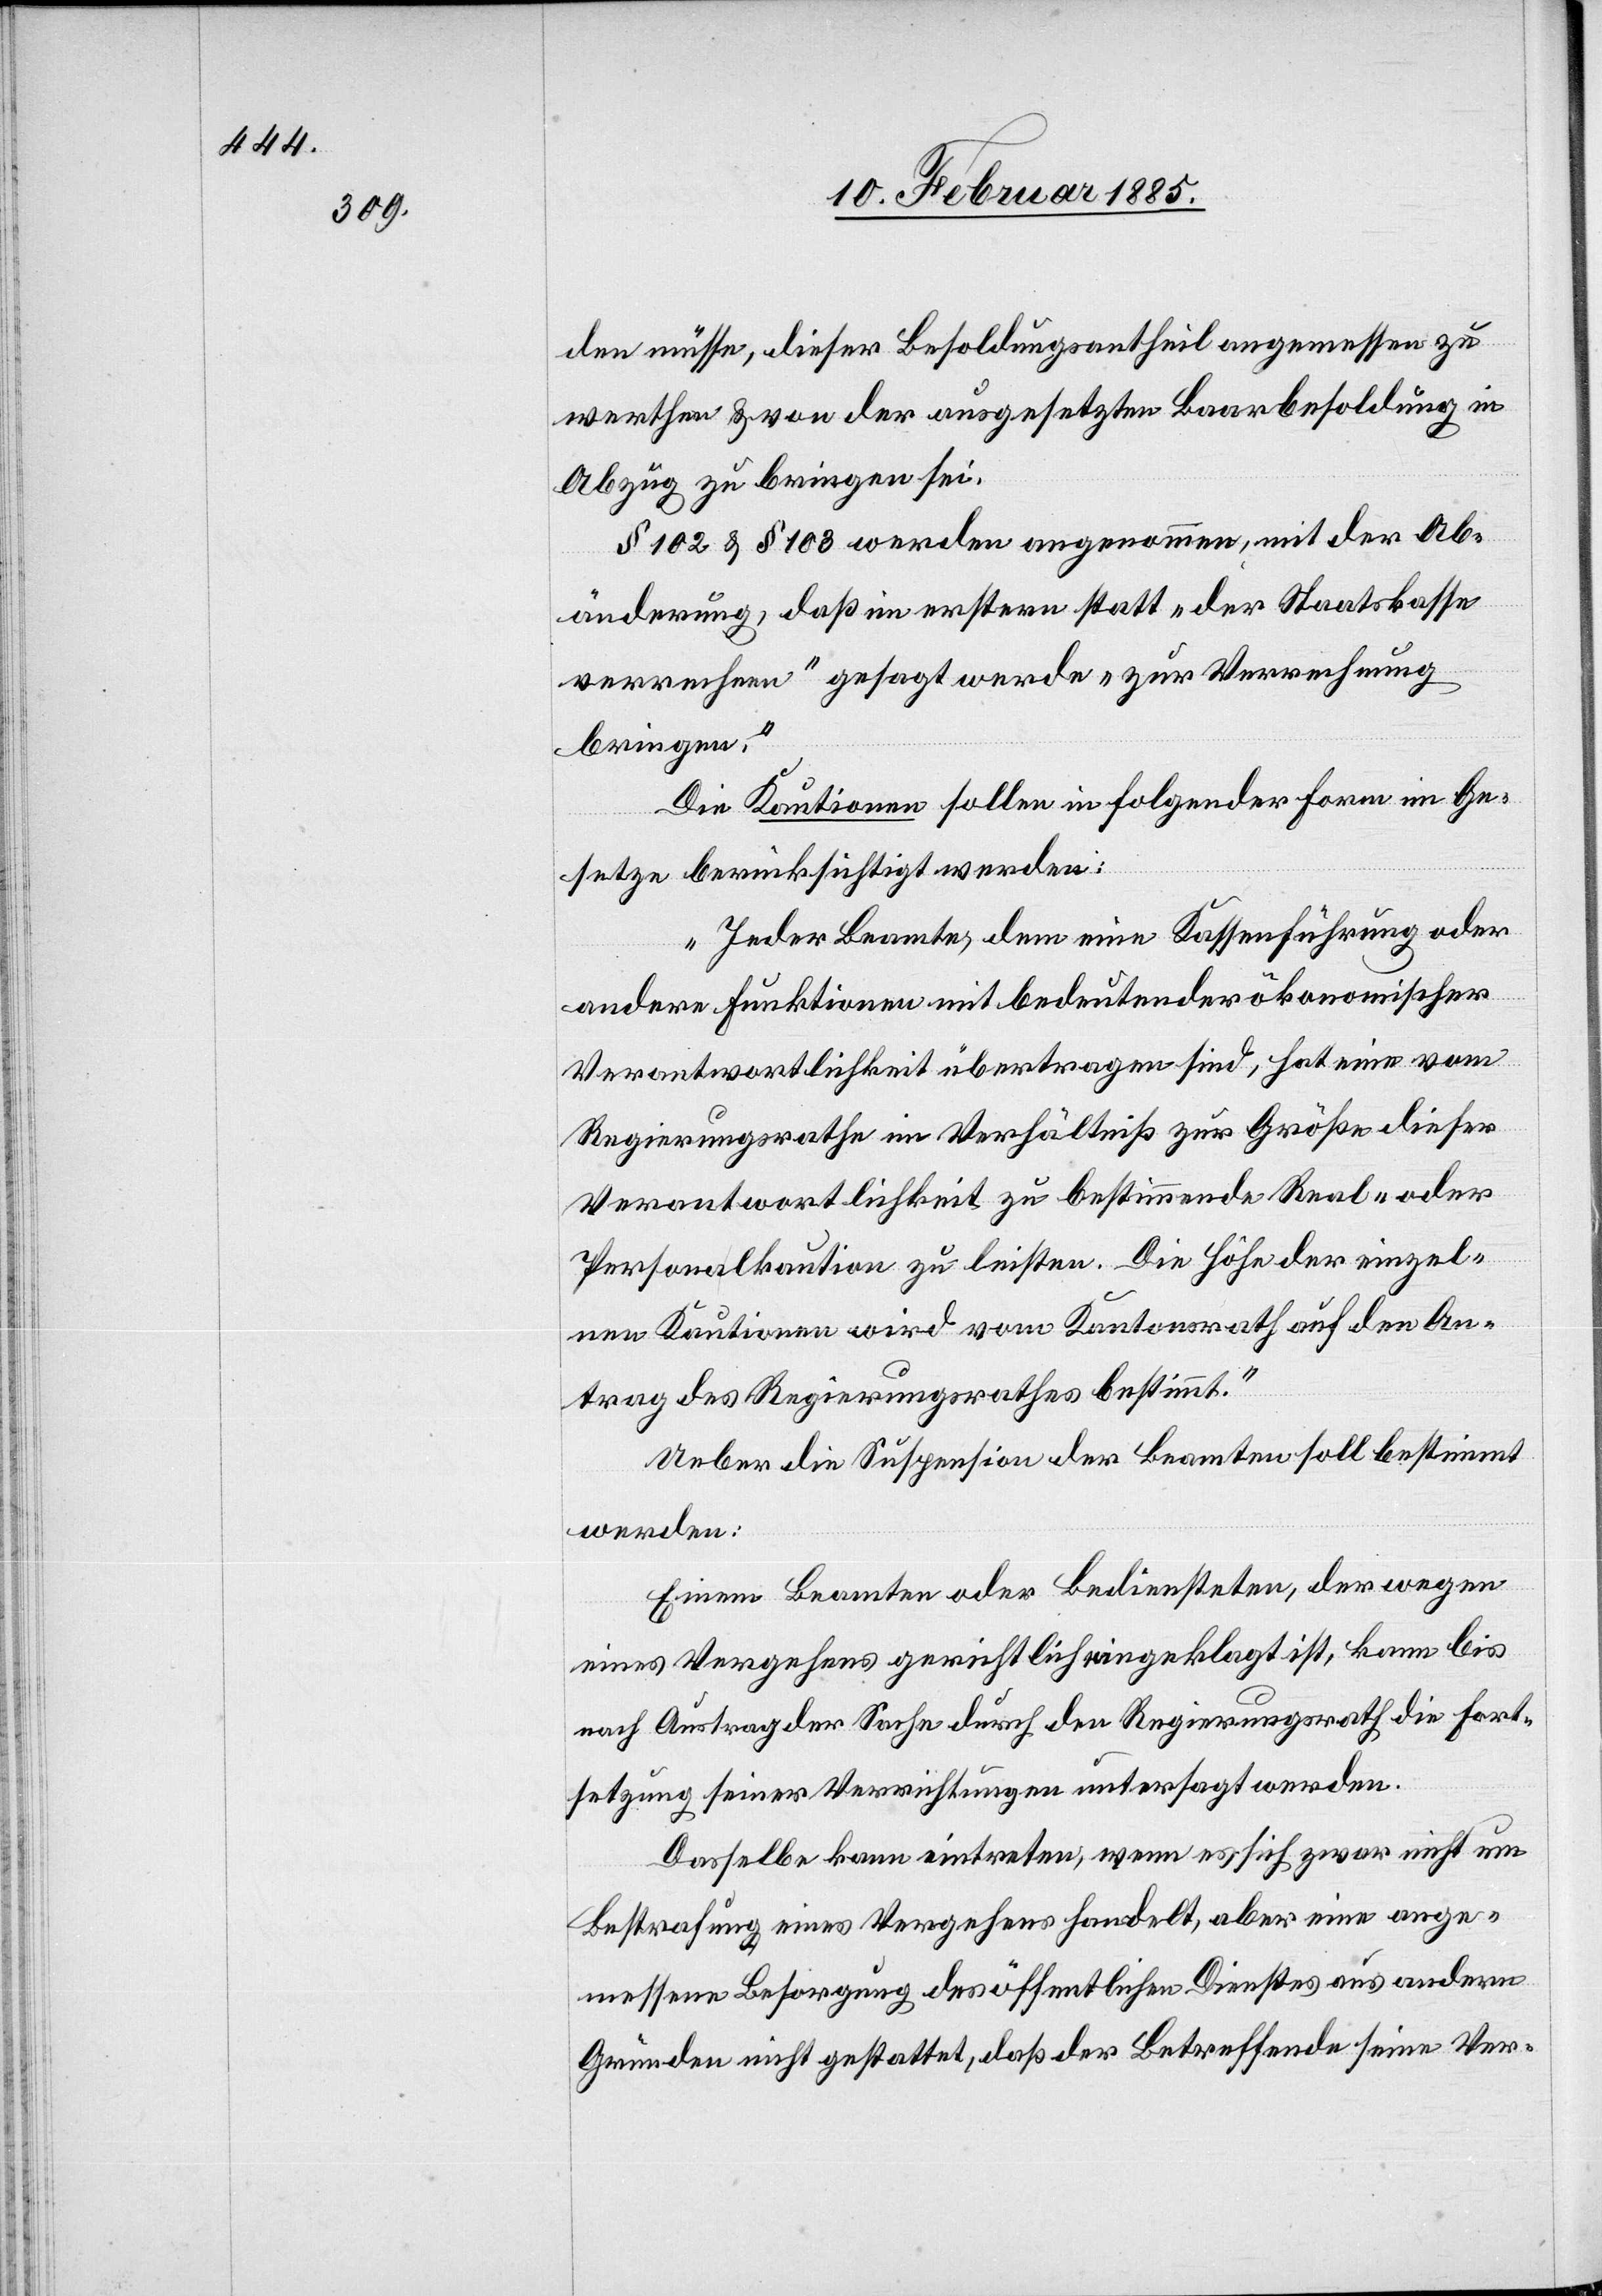
den müsse, dieser Besoldungstheil angemessen zu
werthen & von der ausgesetzten Baarbesoldung in
Abzug zu bringen sei.
§ 102 &108 werden angenommen, mit der Ab¬
änderung, daß im ersten statt „der Staatskasse
verrechnen“ gesagt werde „zur Verrechnung
bringen.“
Die Kautionen sollen in folgender Form im Ge¬
setze berücksichtigt werden:
„Jeder Beamte, dem eine Kassenführung oder
andere Funktionen mit bedeutender ökonomischer
Verantwortlichkeit übertragen sind, hat eine vom
Regierungsrathe im Verhältniß zur Größe dieser
Verantwortlichkeit zu bestimmende Real- oder
Personalkaution zu leisten. Die Höhe der einzel¬
nen Kautionen wird vom Kantonsrath auf den An¬
trag des Regierungsrathes bestimmt.“
Ueber die Suspension der Beamten soll bestimmt
werden:
Einem Beamten oder Bediensteten, der wegen
eines Vergehens gerichtlich eingeklagt ist, kann bis
nach Austrag der Sache durch den Regierungsrath die Fort¬
setzung seiner Verrichtungen untersagt werden.
Dasselbe kann eintreten, wenn es sich zwar nicht um
Bestrafung eines Vergehens handelt, aber eine ange¬
messene Besorgung des öffentlichen Dienstes aus andern
Gründen nicht gestattet, daß der Betreffende seine Ver-